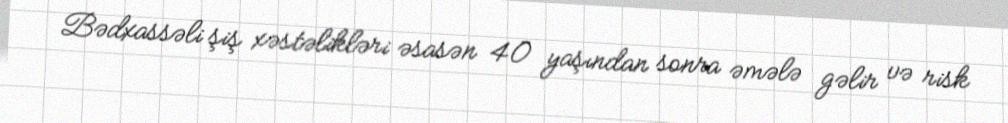
Bədxassəli şiş xəstəlikləri əsasən 40 yaşından sonra əmələ gəlir və risk